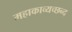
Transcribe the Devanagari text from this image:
महाकाव्यच्छन्द